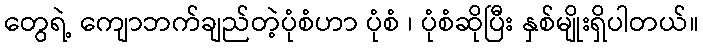
တွေရဲ့ ကျောဘက်ချည်တဲ့ပုံစံဟာ ပုံစံ ၊ ပုံစံဆိုပြီး နှစ်မျိုးရှိပါတယ်။